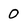
Character: 0